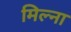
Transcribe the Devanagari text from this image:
मिल्ना